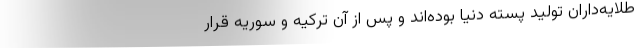
طلایه‌داران تولید پسته دنیا بوده‌اند و پس از آن ترکیه و سوریه قرار